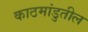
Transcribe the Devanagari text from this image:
काठमांडुतील